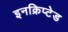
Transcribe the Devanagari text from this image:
इनक्रिप्टेड